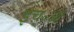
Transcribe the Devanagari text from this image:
इच्॰आ